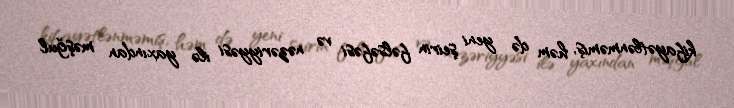
kifayətlənməmiş, həm də yeni şeirin fəlsəfəsi və nəzəriyyəsi ilə yaxından məşğul